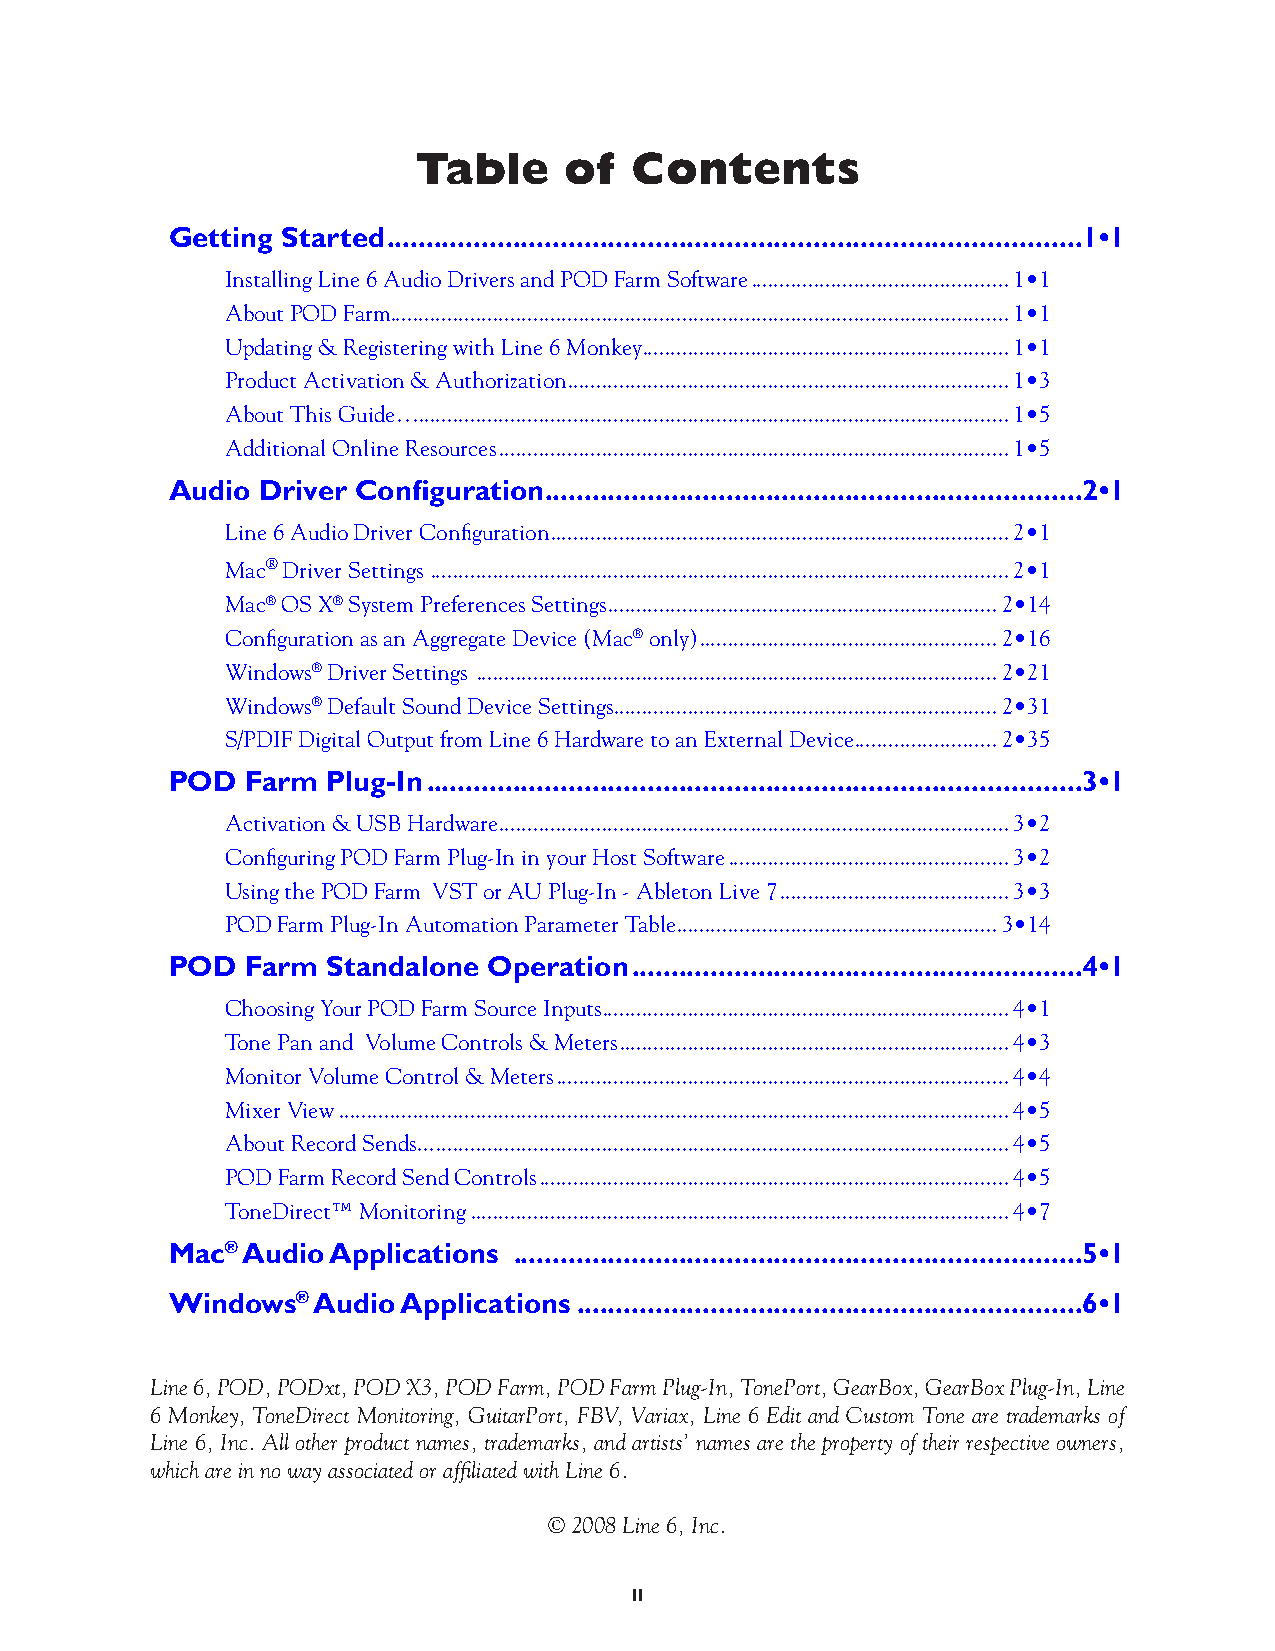
Table    of   Contents
 Getting Started ........................................................................................1•1
 Installing Line 6 Audio Drivers and POD Farm Software .............................................1•1
 About POD Farm ............................................................................................................1•1
 Updating & Registering with Line 6 Monkey ................................................................1•1
 Product Activation & Authorization .............................................................................1•3
 About This Guide… .......................................................................................................1•5
 Additional Online Resources .........................................................................................1•5
 Audio Driver Configuration ....................................................................2•1
 Line 6 Audio Driver Configuration ................................................................................2•1
 Mac® Driver Settings .....................................................................................................2•1
 Mac® OS X® System Preferences Settings ....................................................................2•14
 Configuration as an Aggregate Device (Mac® only) ....................................................2•16
 Windows® Driver Settings ...........................................................................................2•21
 Windows® Default Sound Device Settings ...................................................................2•31
 S/PDIF Digital Output from Line 6 Hardware to an External Device .........................2•35
 POD  Farm  Plug-In ...................................................................................3•1
 Activation & USB Hardware .........................................................................................3•2
 Configuring POD Farm Plug-In in your Host Software .................................................3•2
 Using the POD Farm VST or AU Plug-In - Ableton Live 7 ........................................3•3
 POD Farm Plug-In Automation Parameter Table ........................................................3•14
 POD  Farm  Standalone Operation .........................................................4•1
 Choosing Your POD Farm Source Inputs .......................................................................4•1
 Tone Pan and Volume Controls & Meters ....................................................................4•3
 Monitor Volume Control & Meters ...............................................................................4•4
 Mixer View .....................................................................................................................4•5
 About Record Sends... ....................................................................................................4•5
 POD Farm Record Send Controls ..................................................................................4•5
 ToneDirect™ Monitoring ..............................................................................................4•7
 Mac® Audio Applications ........................................................................5•1
 Windows®  Audio Applications ................................................................6•1
 Line 6, POD, PODxt, POD X3, POD Farm, POD Farm Plug-In, TonePort, GearBox, GearBox Plug-In, Line
 6 Monkey, ToneDirect Monitoring, GuitarPort, FBV, Variax, Line 6 Edit and Custom Tone are trademarks of
 Line 6, Inc. All other product names, trademarks, and artists’ names are the property of their respective owners,
 which are in no way associated or affiliated with Line 6.
 © 2008 Line 6, Inc.
 ii